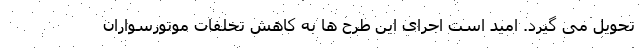
تحویل می گیرد. امید است اجرای این طرح ها به کاهش تخلفات موتورسواران